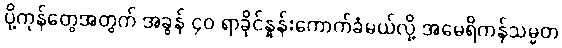
ပို့ကုန်တွေအတွက် အခွန် ၄၀ ရာခိုင်နှုန်းကောက်ခံမယ်လို့ အမေရိကန်သမ္မတ